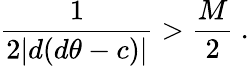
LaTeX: \frac{1}{2|d(d\theta-c)|}>\frac{M}{2}\ .